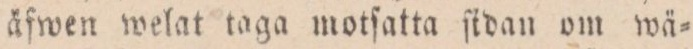
äfwen welat taga motfatta ſtdan om wä=